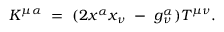
K ^ { \mu \alpha } ~ = ~ ( 2 { x ^ { \alpha } } { x _ { \nu } } ~ - ~ g _ { \nu } ^ { \alpha } ) T ^ { \mu \nu } .